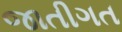
જાતીગત